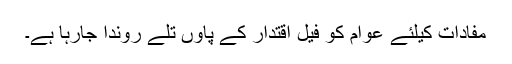
مفادات کیلئے عوام کو فیلِ اقتدار کے پاوں تلے روندا جارہا ہے۔